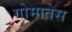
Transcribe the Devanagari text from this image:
गोमातेस